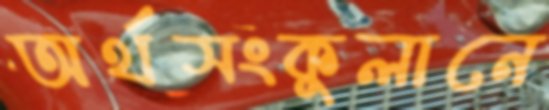
অর্থসংকুলানে